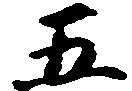
五